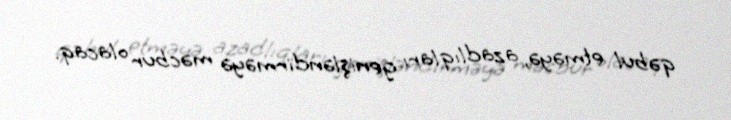
qəbul etməyə, azadlıqları genişləndirməyə məcbur olacaq.